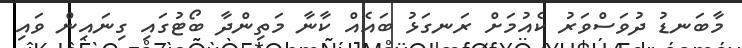
މާބަނޑު ދުވަސްވަރު ކެއުމަށް ރަނގަޅު ބައެއް ކާނާ މަތިންދާ ބޯޓުގައި ގިނައިން ވައި